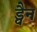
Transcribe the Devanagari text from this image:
ड्वैन